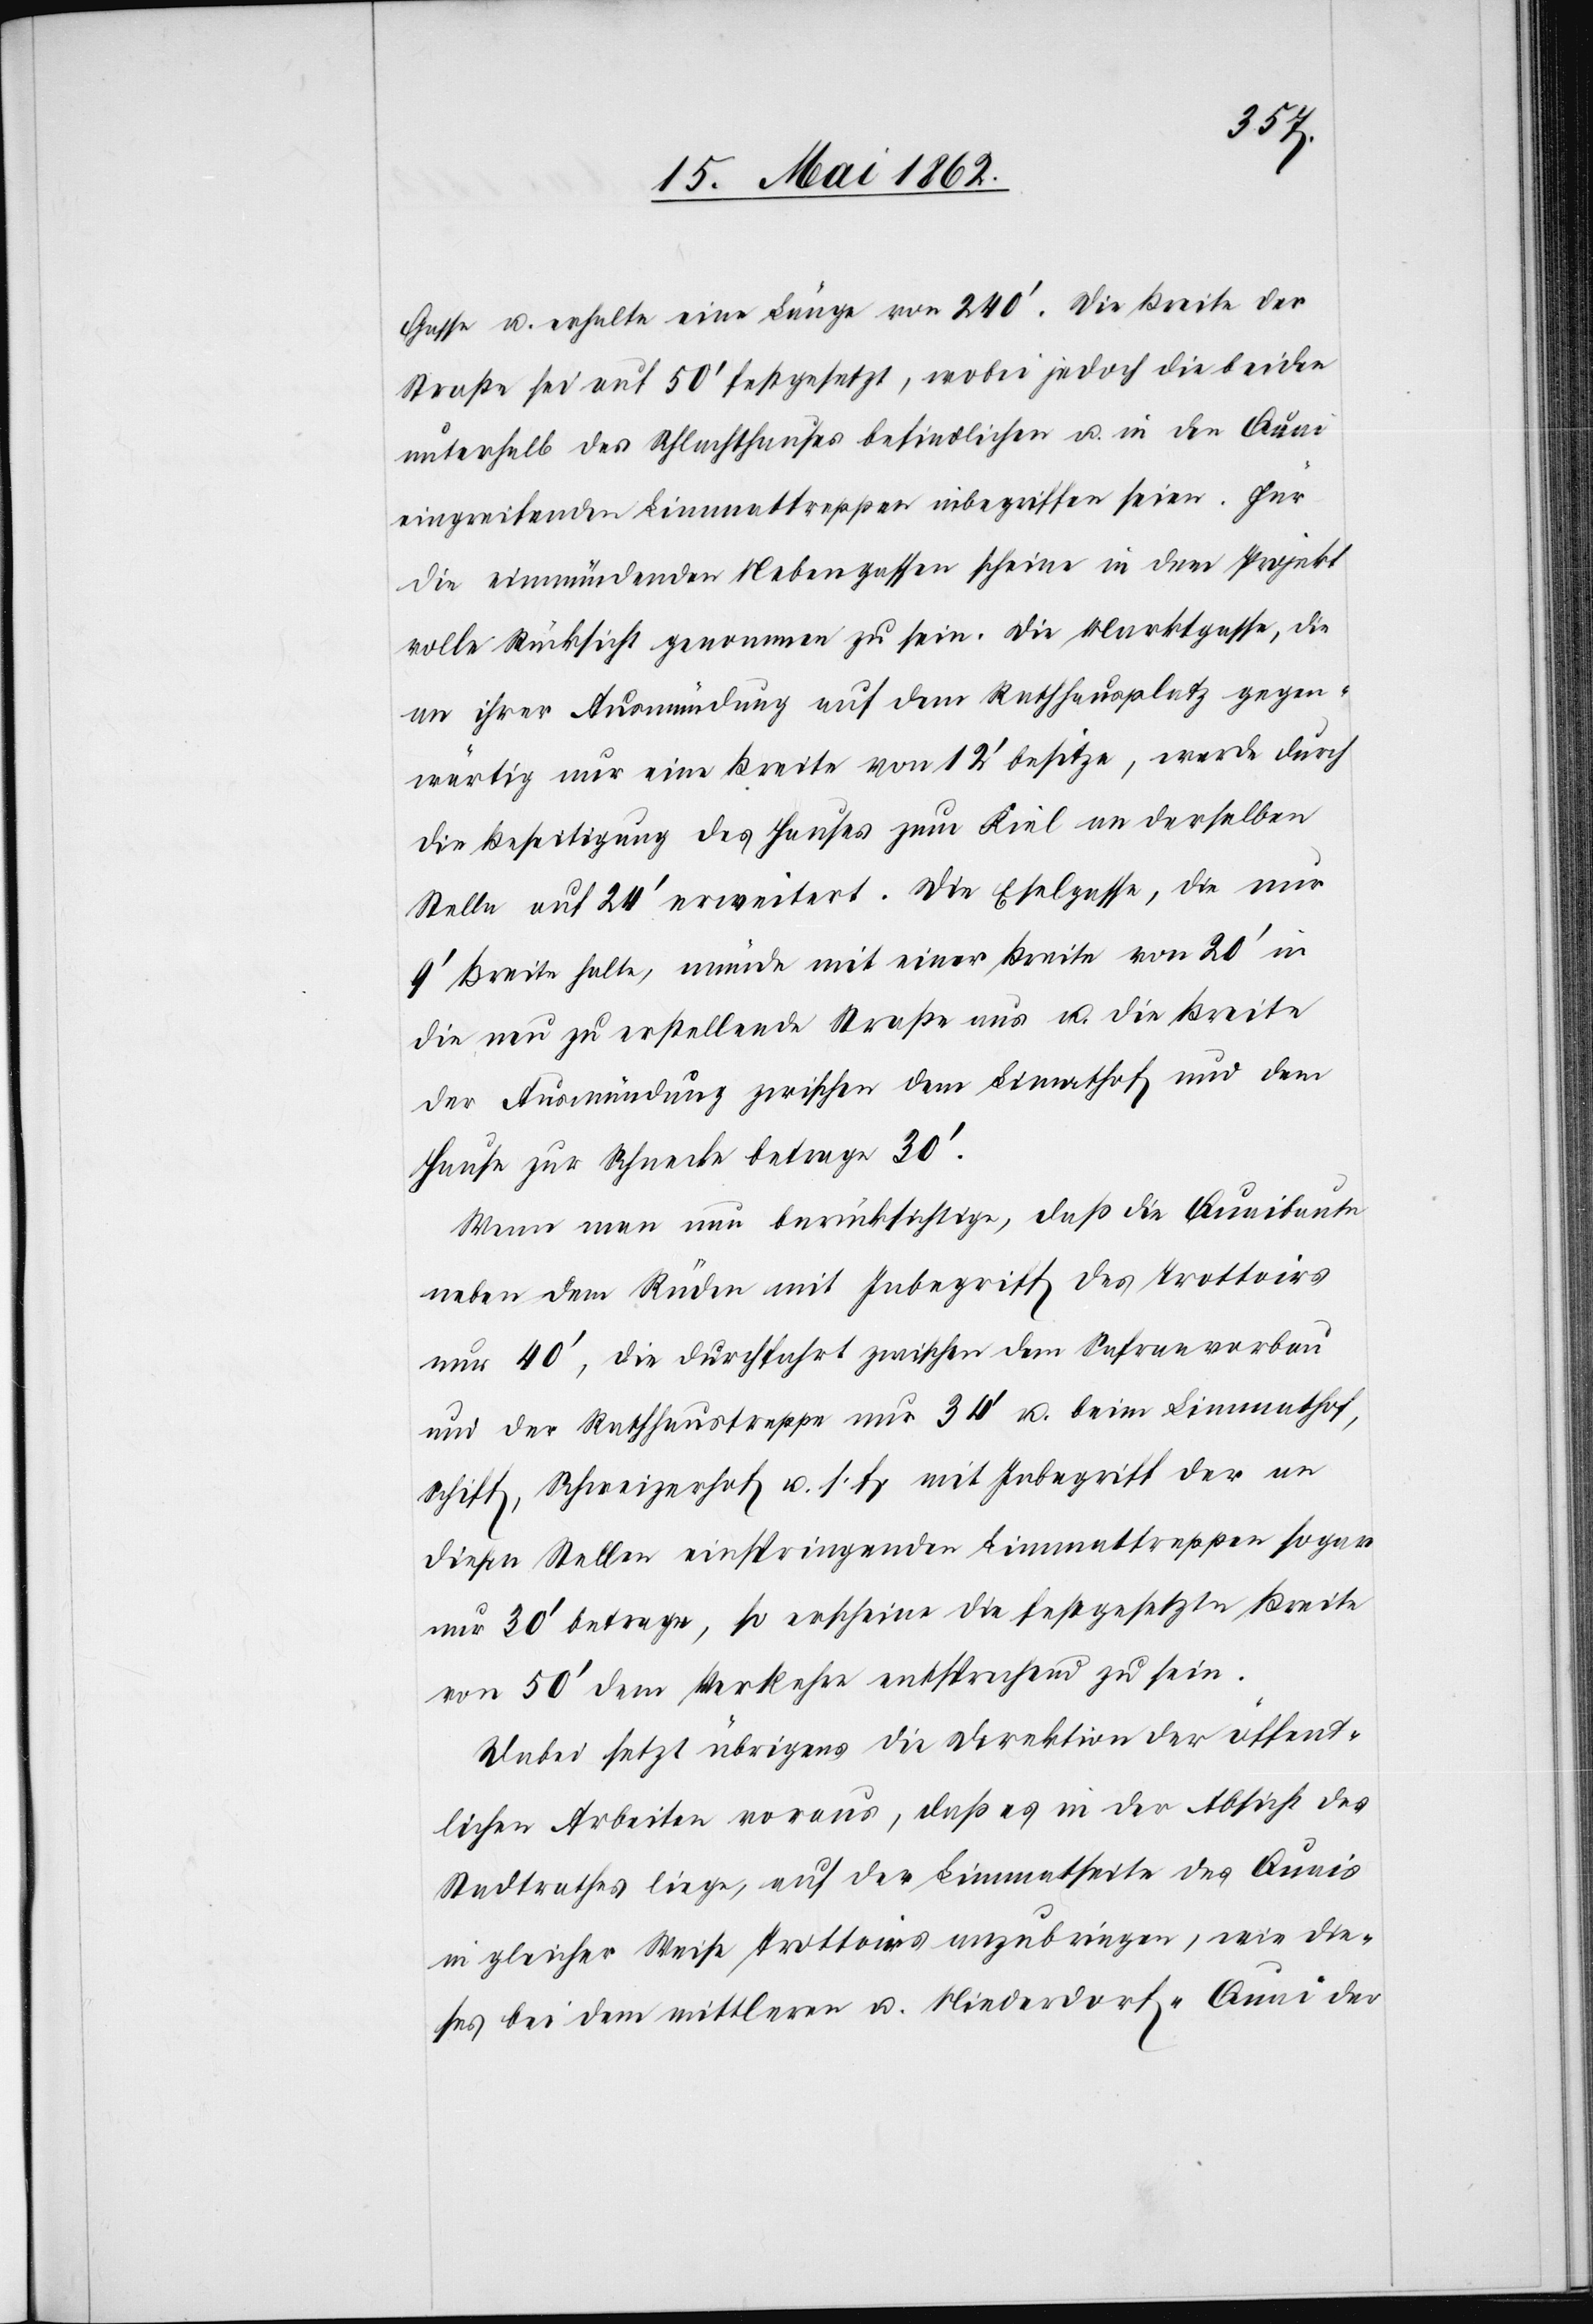
Gasse u. erhalte eine Länge von 240’. Die Breite der
Straße sei auf 50’ festgesetzt, wobei jedoch die beiden
unterhalb des Schlachthauses befindlichen u. in den Quai
eingreifenden Limmattreppen inbegriffen seien. Für
die einmündenden Nebengassen scheine in dem Projekt
volle Rücksicht genommen zu sein. die Marktgasse, die
an ihrer Ausmündung auf dem Rathhausplatz gegen¬
wärtig nur eine Breite von 12’ besitze, werde durch
die Beseitigung des Hauses zum Kiel an derselben
Stelle auf 24’ erweitert. Die Eselgasse, die nur
9’ Breite halte, würde mit einer Breite von 20’ in
die neu zu erstellende Straße aus u. die Breite
der Ausmündung zwischen dem Limathof und dem
Hause zur Schnecke betrage 30’.
Wenn man nun berücksichtige, daß die Quaibaute
neben dem Rüden mit Inbegriff des Trottoirs
nur 40’, die Durchfahrt zwischen den Safranvorbau
und der Rathhausstraße nur 34’ u. beim Limmathof,
Schiff, Schweizerhof u. s. f., mit Inbegriff der an
diesen Stellen einspringenden Limmattreppen sogar
nur 30’ betrage, so erscheine die festgesetzte Breite
von 50’ dem Verkehre entsprechend zu sein.
Dabei setzt übrigens die Direktion der öffent¬
lichen Arbeiten voraus, daß es in der Absicht des
Stadtrathes liege, auf der Limmatseite des Quais
in gleicher Weise Trottoirs anzubringen, wie die¬
ses bei dem mittleren u. Niederdorf-Quai der